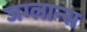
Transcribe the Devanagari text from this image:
जग्लान्स